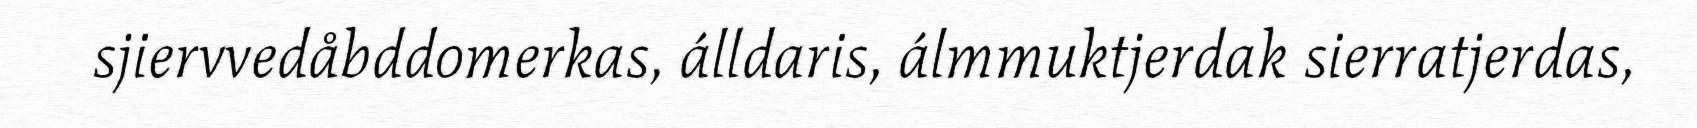
sjiervvedåbddomerkas, álldaris, álmmuktjerdak sierratjerdas,